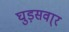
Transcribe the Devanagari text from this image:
घुड़सवा्र